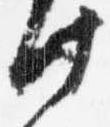
此